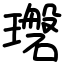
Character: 𪼪